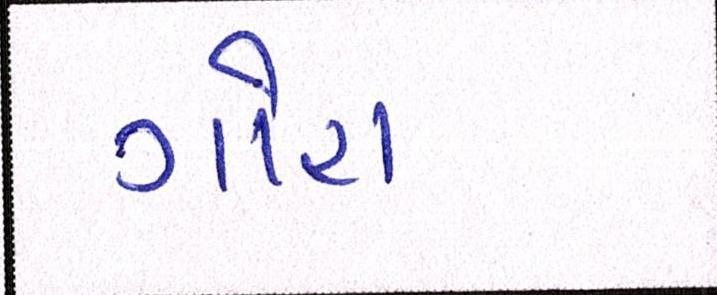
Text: ગોરા